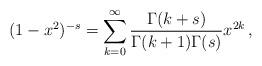
LaTeX: \begin{align*}(1 - x^2)^{-s} = \sum_{k=0}^{\infty} {\Gamma (k+s) \over \Gamma (k+1)\Gamma (s)} x^{2k}\, ,\end{align*}